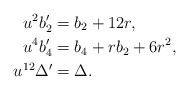
\begin{align*} u^2b_2' &= b_2+12r,\\ u^4b_4' &= b_4+rb_2+6r^2, \\ u^{12}\Delta' &= \Delta. \end{align*}